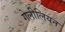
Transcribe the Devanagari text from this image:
गेलीलियन